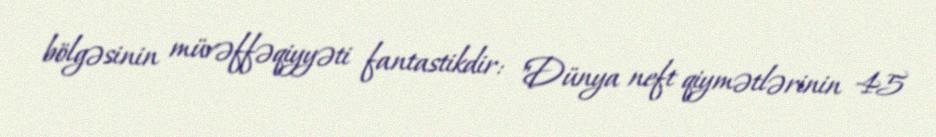
bölgəsinin müvəffəqiyyəti fantastikdir: "Dünya neft qiymətlərinin 45